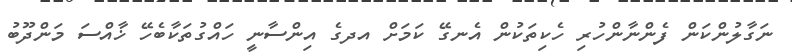
ނަގާލުންކަން ފެންނާންހުރި ހެކިތަކުން އެނގޭ ކަމަށް އދގެ އިންސާނީ ހައްގުތަކާބެހޭ ޚާއްސަ މަންދޫބު